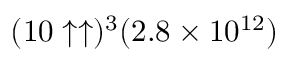
( 1 0 \uparrow \uparrow ) ^ { 3 } ( 2 . 8 \times 1 0 ^ { 1 2 } )